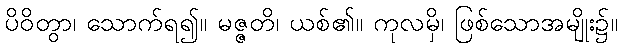
ပိဝိတွာ၊ သောက်ရ၍။ မဇ္ဇတိ၊ ယစ်၏။ ကုလမှိ၊ ဖြစ်သောအမျိုး၌။